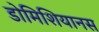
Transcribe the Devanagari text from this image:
डोमिशियानस